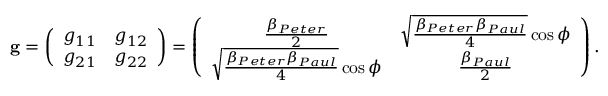
{ \bf g } = \left( \begin{array} { c c } { { g _ { 1 1 } } } & { { g _ { 1 2 } } } \\ { { g _ { 2 1 } } } & { { g _ { 2 2 } } } \end{array} \right) = \left( \begin{array} { c c } { { \frac { \beta _ { P e t e r } } { 2 } } } & { { \sqrt { \frac { \beta _ { P e t e r } \beta _ { P a u l } } { 4 } } \cos \phi } } \\ { { \sqrt { \frac { \beta _ { P e t e r } \beta _ { P a u l } } { 4 } } \cos \phi } } & { { \frac { \beta _ { P a u l } } { 2 } } } \end{array} \right) .